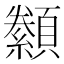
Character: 𮨟